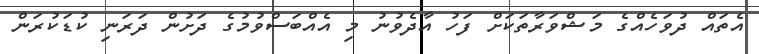
އެތައް ދުވަހެއްގެ މަޝްވަރާތަކަށް ފަހު އާދެވުނު މި އެއްބަސްވުމުގެ ދަށުން ދަރަނި ކުޑަކުރަން